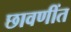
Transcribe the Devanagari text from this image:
छावणींत